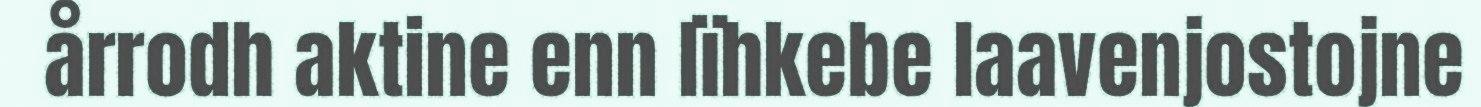
årrodh aktine enn lïhkebe laavenjostojne